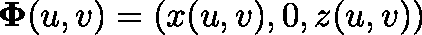
\mathbf { \Phi } ( u , v ) = ( x ( u , v ) , 0 , z ( u , v ) )